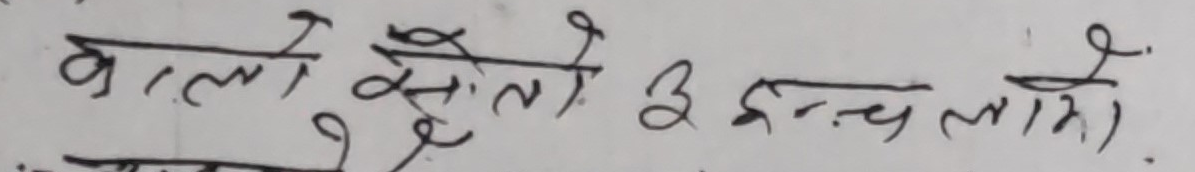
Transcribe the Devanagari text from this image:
वालो रेशो ३ इन्च लामो